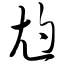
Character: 尥